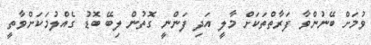
ވުމަށް ބޭނުންވާ ފަރާތްތަކަށް މާލީ އަދި ފަންނީ ގޮތުން ލިބޭ ބޮޑު ގެއްލުމަކަށްވާތީ